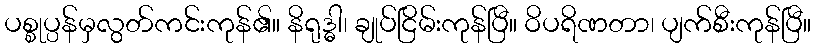
ပစ္စုပ္ပန်မှလွတ်ကင်းကုန်၏။ နိရုဒ္ဓါ၊ ချုပ်ငြိမ်းကုန်ပြီ။ ဝိပရိဏတာ၊ ပျက်စီးကုန်ပြီ။